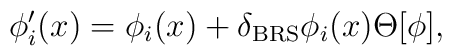
\phi^\prime_i(x)=\phi_i(x)+\delta_{\rm BRS}\phi_i(x)\Theta[\phi],